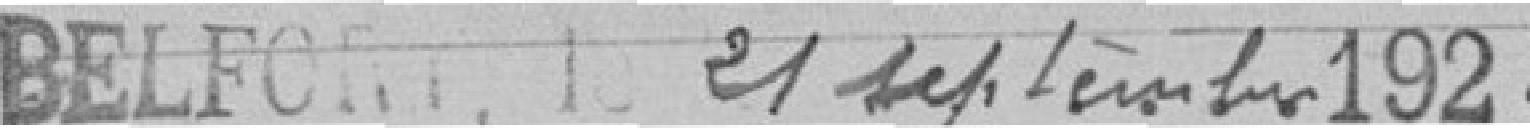
BELFORT 1, 1. 2/ septembre 1922